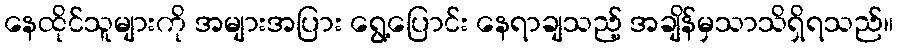
နေထိုင်သူများကို အများအပြား ရွေ့ပြောင်း နေရာချသည့် အချိန်မှသာသိရှိရသည်။